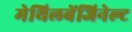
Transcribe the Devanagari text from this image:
मेथिलबेंजिनेल्ट